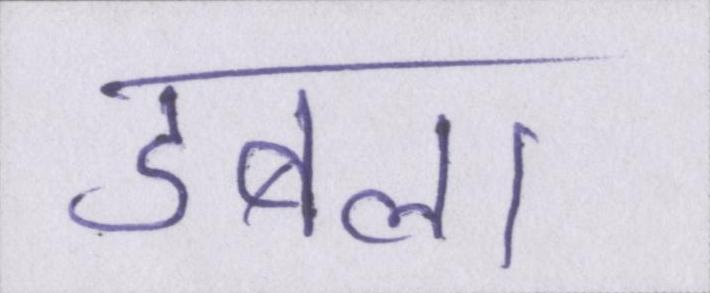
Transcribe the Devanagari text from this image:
डबला